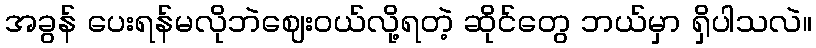
အခွန် ပေးရန်မလိုဘဲဈေးဝယ်လို့ရတဲ့ ဆိုင်တွေ ဘယ်မှာ ရှိပါသလဲ။